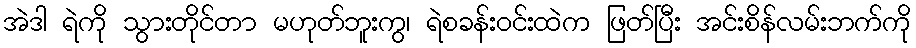
အဲဒါ ရဲကို သွားတိုင်တာ မဟုတ်ဘူးကွ၊ ရဲစခန်းဝင်းထဲက ဖြတ်ပြီး အင်းစိန်လမ်းဘက်ကို